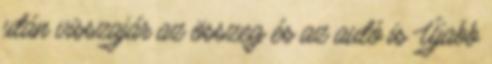
után visszajár az összeg és az autó is Újabb